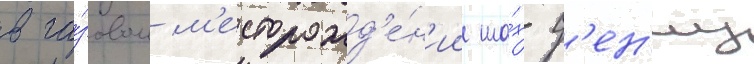
в га́зовом м'есторожд'е́н'ии ша́х-д'ен'из